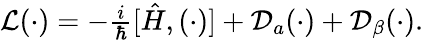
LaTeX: \begin{array}{r}{\mathcal L(\cdot)=-\frac{i}{\hbar}[\hat{H},(\cdot)]+\mathcal D_{a}(\cdot)+\mathcal D_{\beta}(\cdot).}\end{array}